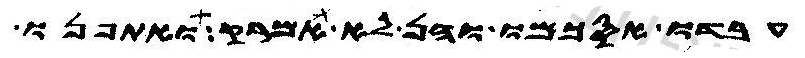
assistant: עבדו אסכמו והן לא אמרק ואתפנו